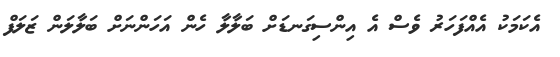
އެކަމަކު އެއްފަހަރު ވެސް އެ އިންސިގަނޑަށް ބަލާލާ ހެން އަހަންނަށް ބަލާލަން ޒަލަފް